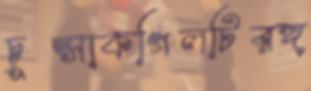
চুপ্‌সাকগিলটিরঙ্গ